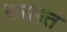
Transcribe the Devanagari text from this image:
सरलत